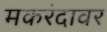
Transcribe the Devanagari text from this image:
मकरंदावर